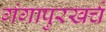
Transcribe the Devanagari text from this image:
गंगापुरखर्च